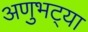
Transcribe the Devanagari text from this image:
अणुभट्या